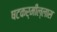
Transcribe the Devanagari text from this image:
षटकर्मील्लास